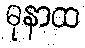
ဓုနာထ